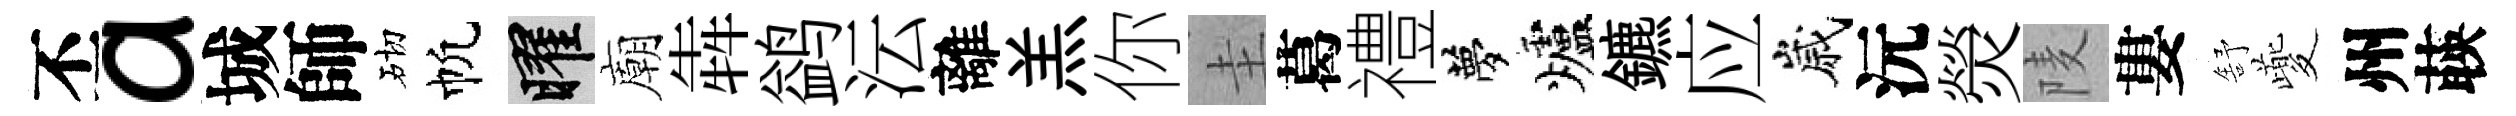
丕a城師砌帆曜廟犇鹢沄離羔你圭葛禮夢爐鑣应嵗沅熒𨹧婁舒夔州𦴤